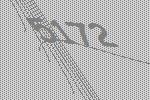
5172